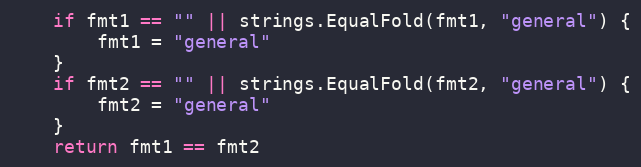
Language: Go
	if fmt1 == "" || strings.EqualFold(fmt1, "general") {
		fmt1 = "general"
	}
	if fmt2 == "" || strings.EqualFold(fmt2, "general") {
		fmt2 = "general"
	}
	return fmt1 == fmt2